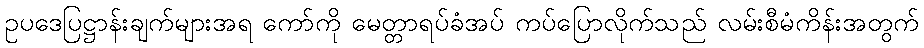
ဥပဒေပြဋ္ဌာန်းချက်များအရ ကော်ကို မေတ္တာရပ်ခံအပ် ကပ်ပြောလိုက်သည် လမ်းစီမံကိန်းအတွက်